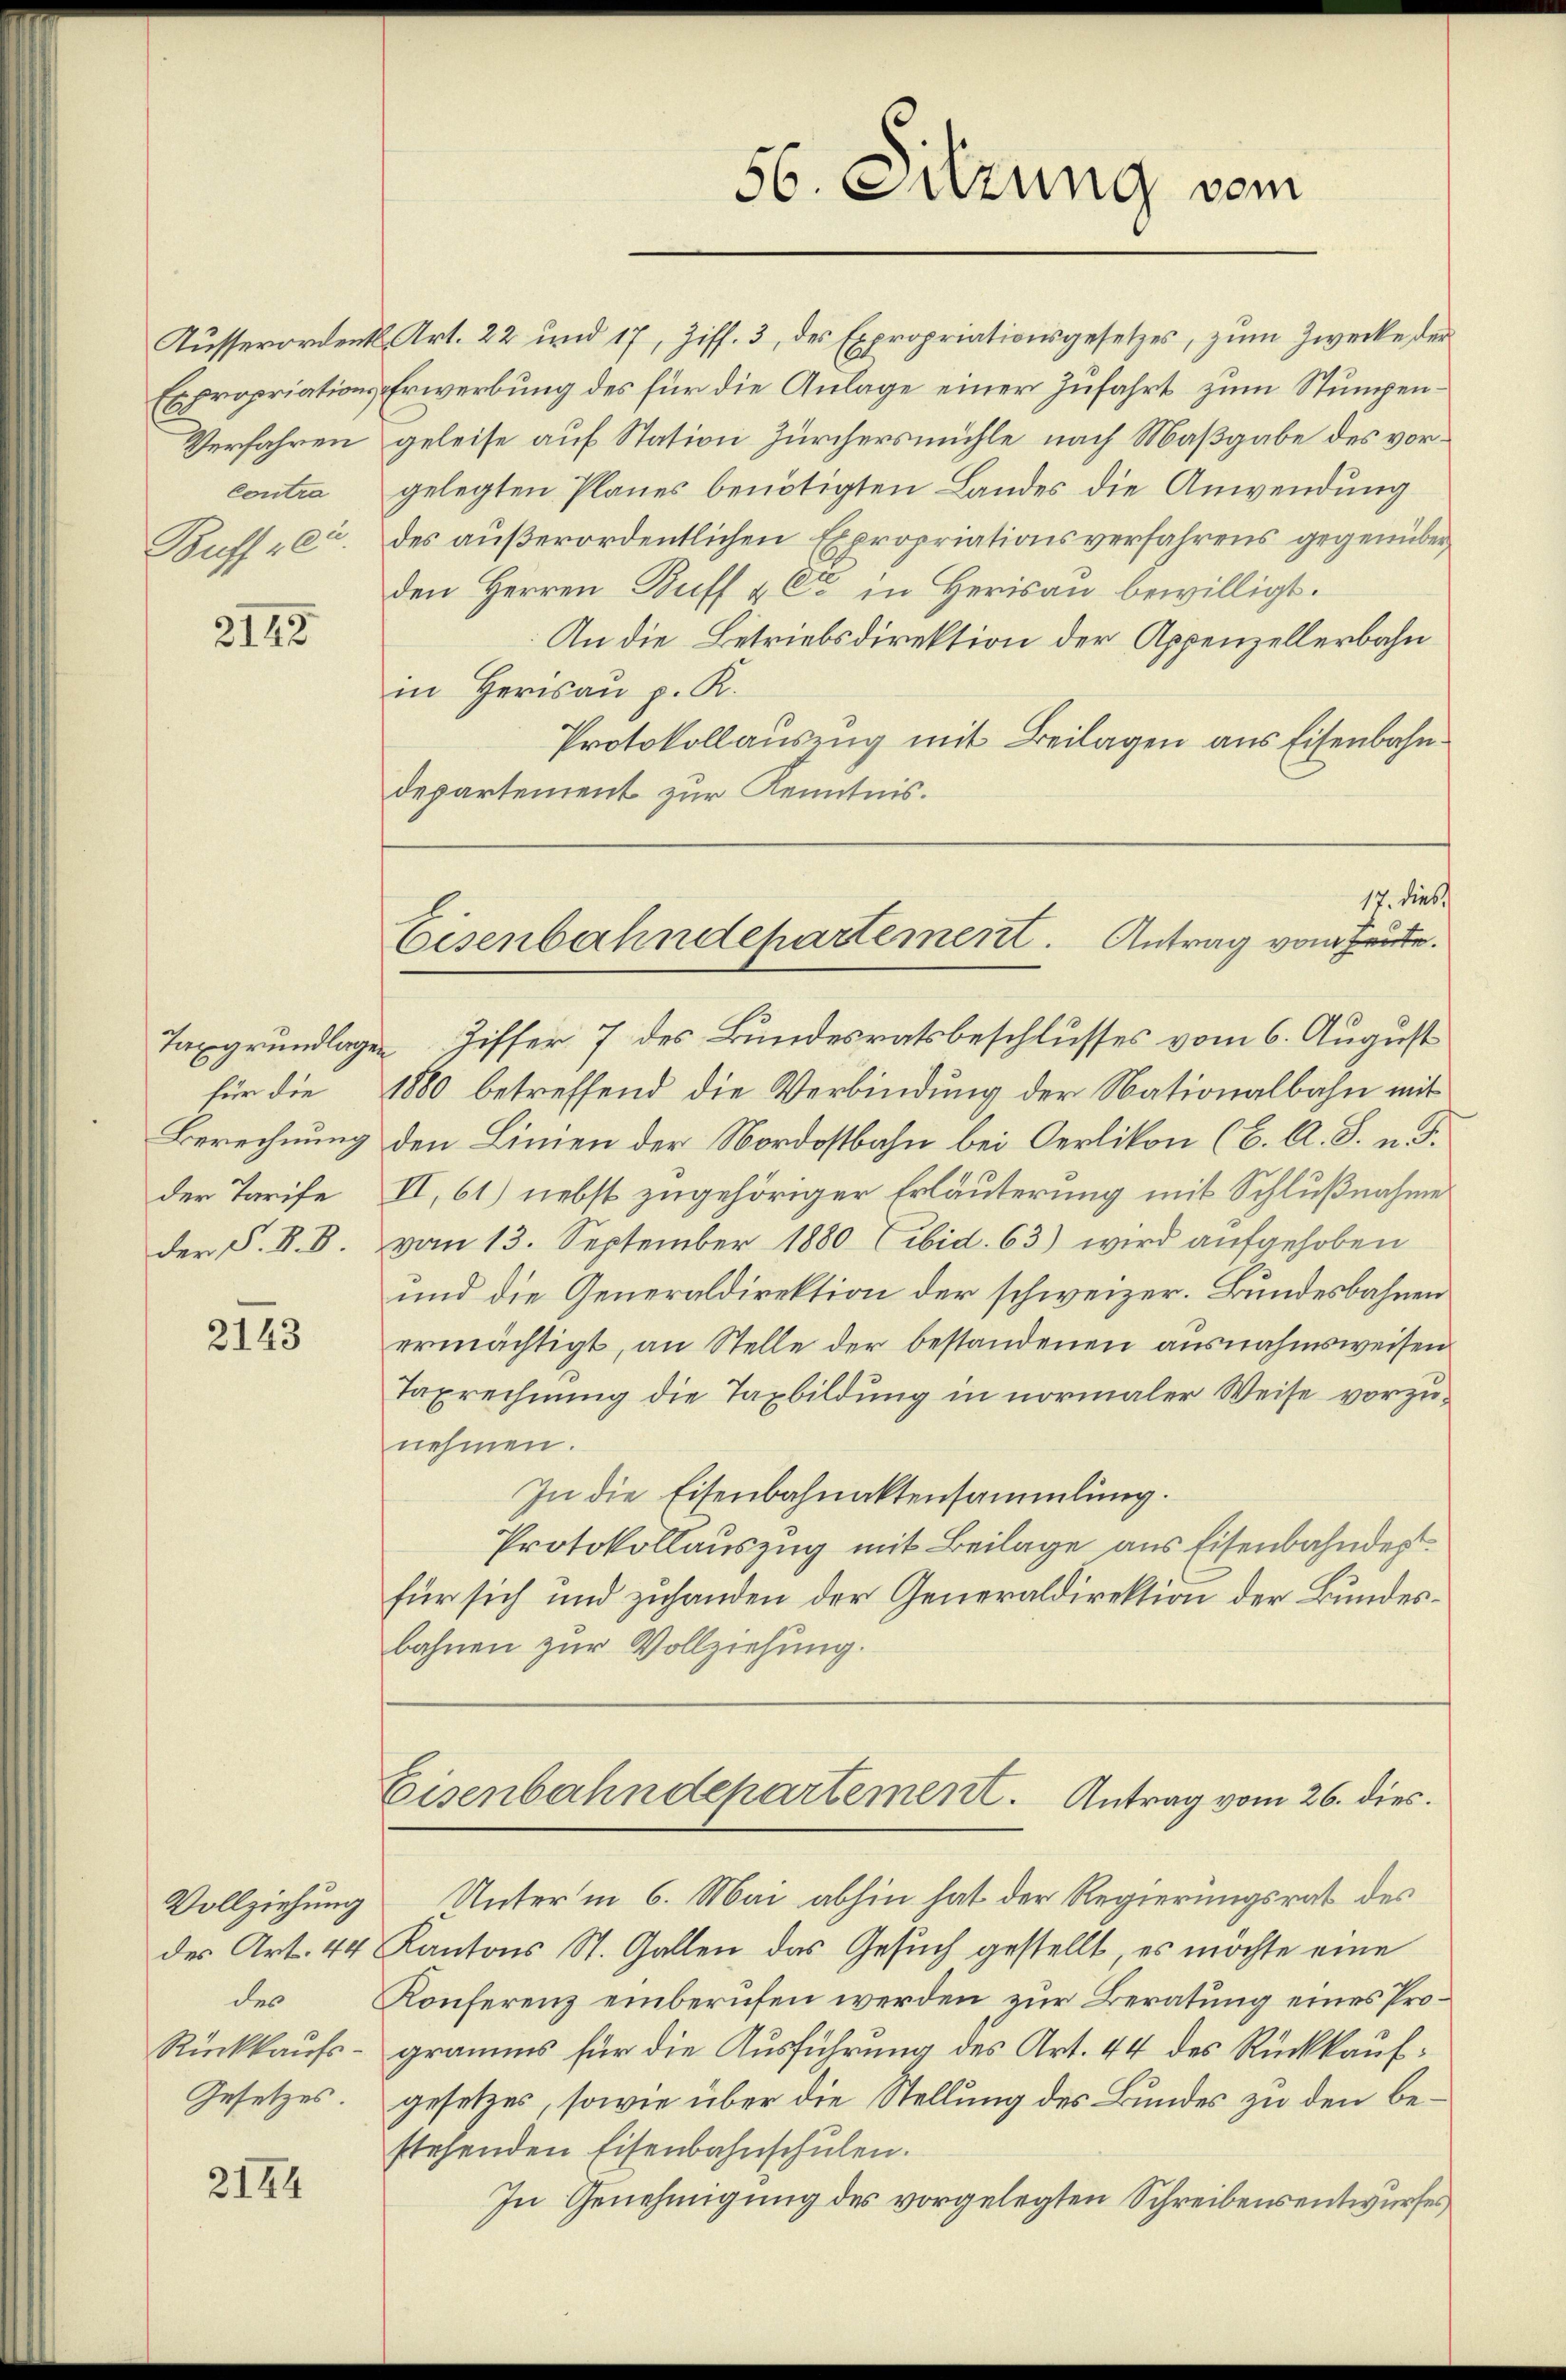
Ausserordent
Expropriations
Verfahren
Contra
Buff sei.

2142

2143

Vollziehung
Rückkaufs¬
Gesetzes.

2144

56. Sitzung vom

17. dies,
Eisenbahndepartement. Antrag vom heute.

Art. 22 und 17, Ziff. 3, des Expropriationsgesetzes, zŭm Zwecke der
Erwerbung des für die Anlage einer Zufahrt zum Stumpengeleise auf Station Zürchersmühle nach Maßgabe des vorgelegten Planes benötigten Landes die Anwendung
des außerordentlichen Expropriationsverfahrens gegenüber
den Herren Buff & Cie in Herisau bewilligt.
An die Betriebsdirektion der Appenzellerbahn
in Herisau p. R.
Protokollauszug mit Beilagen aus Eisenbahndepartement zur Kenntnis.
Taxgrundlagen Ziffer 7 des Bundesratsbeschlusses vom 6. August
Für die 1880 betreffend die Verbindung der Nationalbahn mit
Berechnung den Linien der Nordostbahn bei Oerlikon (C. A. S. u. S.
der Tarife II, 61) nebst zugehöriger Erläuterung mit Schlußnahme
der P. V. B. vom 13. September 1880 ibid. 63) wird aufgehoben
und die Generaldirektion der schweizer. Bundesbahnen
ermächtigt, an Stelle der bestandenen ausnahmsweisen
Taxrechnung die Taxbildung in normaler Weise vorzunehmen.
In die Eisenbahnaktensammlung.
Protokollauszug mit Beilage aus Eisenbahndept
für sich und zuhanden der Generaldirektion der Bundesbahnen zur Vollziehung.

Eisenbahndepartement. Antrag vom 26. dies.

Unter in 6. Mai abhin hat der Regierungsrat des
des Art. 44 Kantons St. Gallen das Gesuch gestellt, es möchte eine
des Konferenz einberufen werden zur Beratung eines Programms für die Ausführung des Art. 44 des Rückkaufgesetzes, sowie über die Stellung des Bundes zu den bestehenden Eisenbahnschulen.
In Genehmigung des vorgelegten Schreibensentwurfes